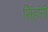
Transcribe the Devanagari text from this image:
सिंहांनी